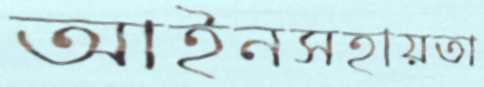
আইনসহায়তা